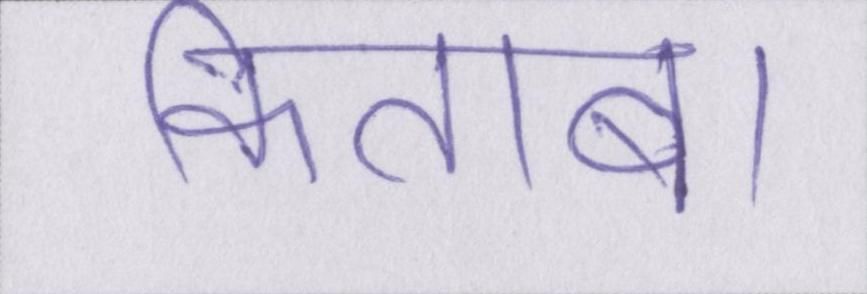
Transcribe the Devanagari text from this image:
किताब।